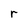
Character: r